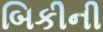
બિકીની